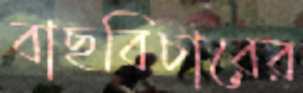
বাছবিচারের